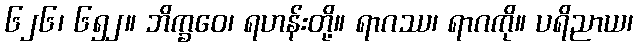
၆၂၆၊ ၆၅၂။ ဘိက္ခဝေ၊ ရဟန်းတို့။ ရာဂဿ၊ ရာဂကို။ ပရိညာယ၊